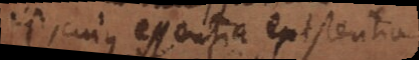
, cujus essentia existentia